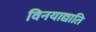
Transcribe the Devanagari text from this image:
विनयाद्याति